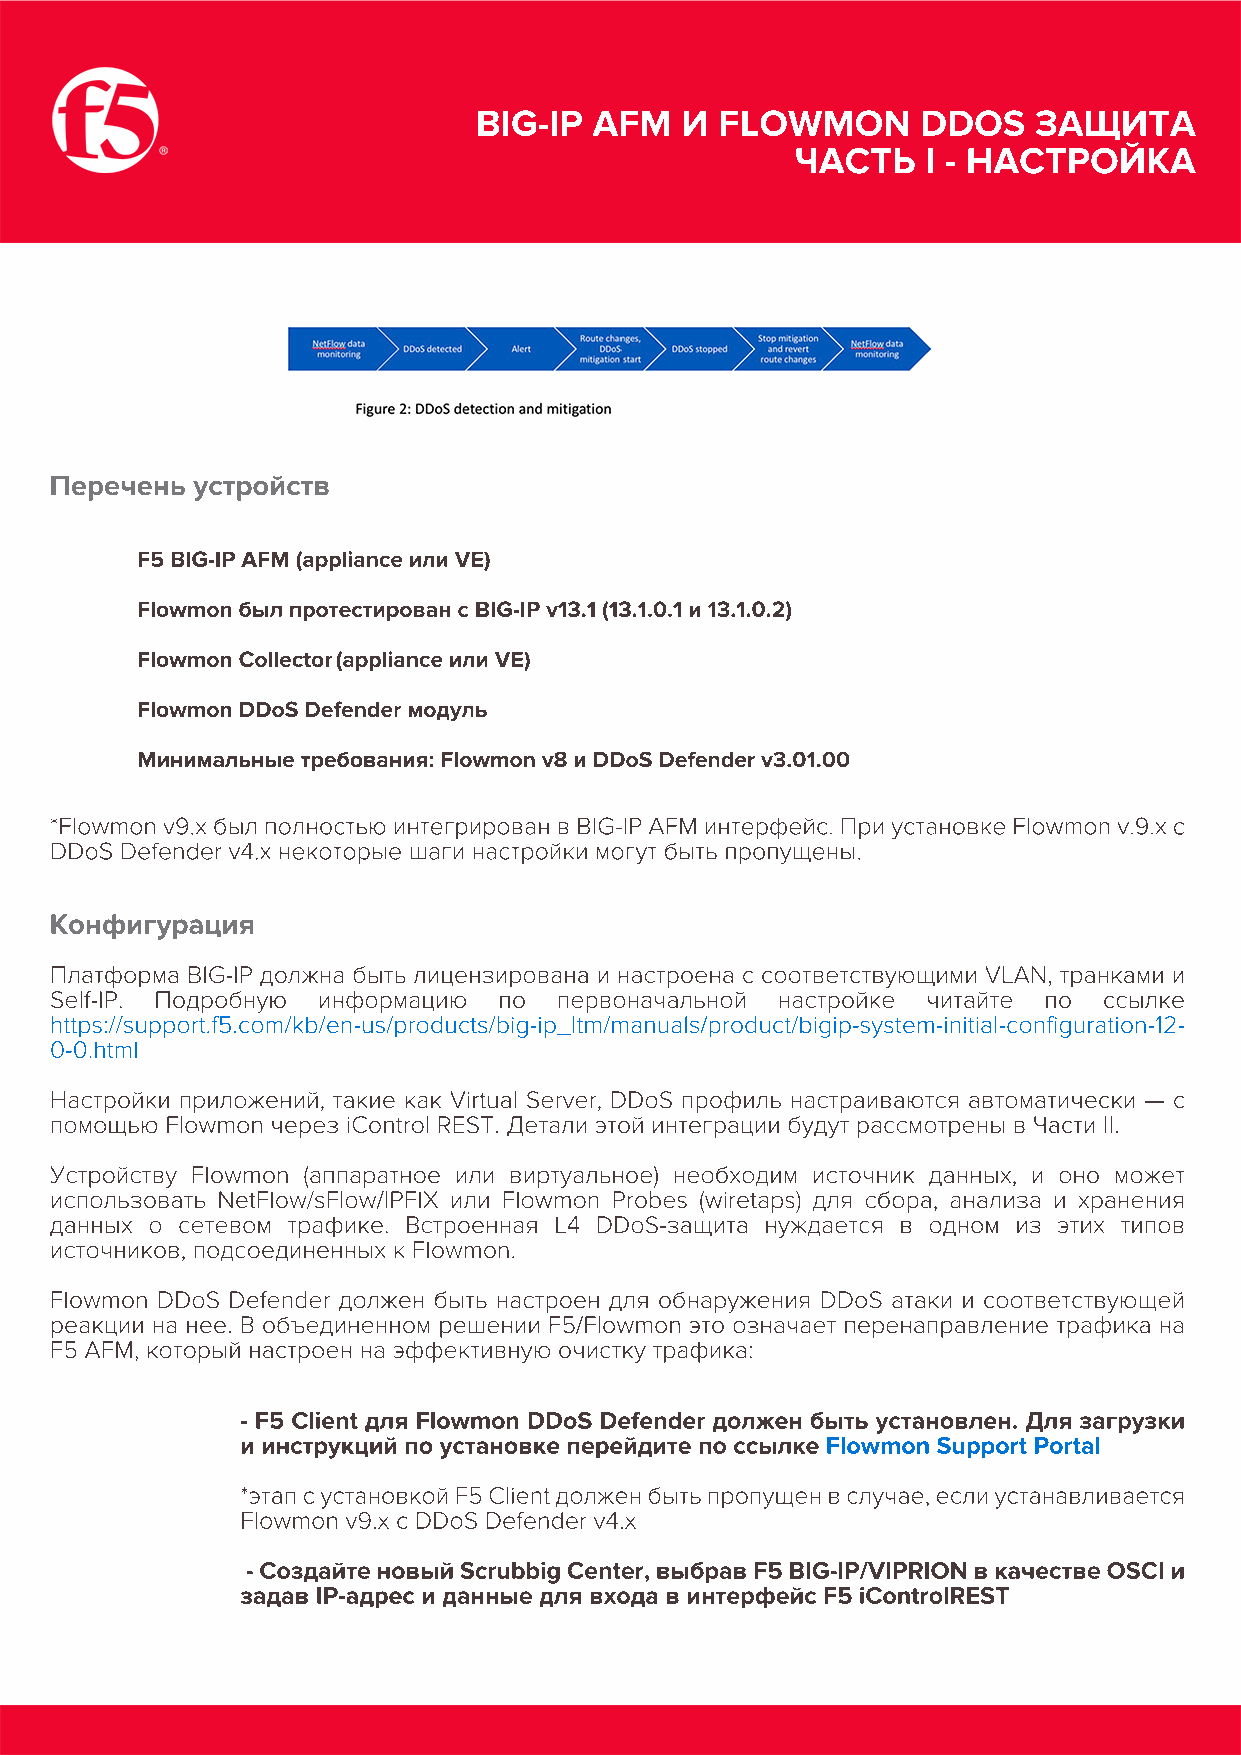
BIG-IP  AFM   И  FLOWMON      DDOS   ЗАЩИТА
 ЧАСТЬ   I - НАСТРОЙКА
 Перечень  устройств
 F5 BIG-IP AFM (appliance или VE)
 Flowmon был протестирован с BIG-IP v13.1 (13.1.0.1 и 13.1.0.2)
 Flowmon Collector (appliance или VE)
 Flowmon DDoS Defender модуль
 Минимальные требования: Flowmon v8 и DDoS Defender v3.01.00
 *Flowmon v9.x был полностью интегрирован в BIG-IP AFM интерфейс. При установке Flowmon v.9.x с
 DDoS Defender v4.x некоторые шаги настройки могут быть пропущены.
 Конфигурация
 Платформа BIG-IP должна быть лицензирована и настроена с соответствующими VLAN, транками и
 Self-IP. Подробную информацию по  первоначальной настройке читайте по ссылке
 https://support.f5.com/kb/en-us/products/big-ip_ltm/manuals/product/bigip-system-initial-configuration-12-
 0-0.html
 Настройки приложений, такие как Virtual Server, DDoS профиль настраиваются автоматически — с
 помощью Flowmon через iControl REST. Детали этой интеграции будут рассмотрены в Части II.
 УУссттррооййссттввуу Flowmon (аппаратное или виртуальное) необходим источник данных, и оно может
 использовать NetFlow/sFlow/IPFIX или Flowmon Probes (wiretaps) для сбора, анализа и хранения
 данных о сетевом трафике. Встроенная L4 DDoS-защита нуждается в одном из этих типов
 источников, подсоединенных к Flowmon.
 Flowmon DDoS Defender должен быть настроен для обнаружения DDoS атаки и соответствующей
 реакции на нее. В объединенном решении F5/Flowmon это означает перенаправление трафика на
 F5 AFM, который настроен на эффективную очистку трафика:
 - F5 Client для Flowmon DDoS Defender должен быть установлен. Для загрузки
 и инструкций по установке перейдите по ссылке Flowmon Support Portal
 *этап с установкой F5 Client должен быть пропущен в случае, если устанавливается
 Flowmon v9.x с DDoS Defender v4.x
 - Создайте новый Scrubbig Center, выбрав F5 BIG-IP/VIPRION в качестве OSCI и
 задав IP-адрес и данные для входа в интерфейс F5 iControlREST